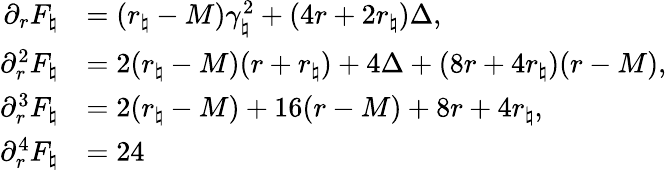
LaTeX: \begin{array}{rl}{\partial_{r}F_{\natural}}&{=(r_{\natural}-M)\gamma_{\natural}^{2}+(4r+2r_{\natural})\Delta,}\\ {\partial_{r}^{2}F_{\natural}}&{=2(r_{\natural}-M)(r+r_{\natural})+4\Delta+(8r+4r_{\natural})(r-M),}\\ {\partial_{r}^{3}F_{\natural}}&{=2(r_{\natural}-M)+16(r-M)+8r+4r_{\natural},}\\ {\partial_{r}^{4}F_{\natural}}&{=24}\end{array}